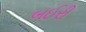
બઈરી